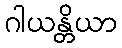
ဂါယန္တိယာ